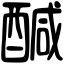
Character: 醎